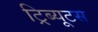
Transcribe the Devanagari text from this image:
ट्रिब्यूटस